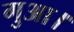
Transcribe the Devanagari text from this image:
गुआ।